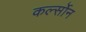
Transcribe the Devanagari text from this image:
कर्ल्सोन